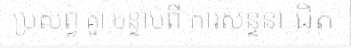
ប្រសព្វ គ្នា បន្ទាប់ពី ការសន្ទនា ជិត